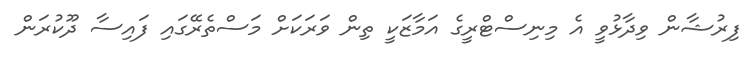
ފިރުޝާން ވިދާޅުވީ އެ މިނިސްޓްރީގެ އަމާޒަކީ ތިން ވަރަކަށް މަސްތެރޭގައި ފައިސާ ދޫކުރަން